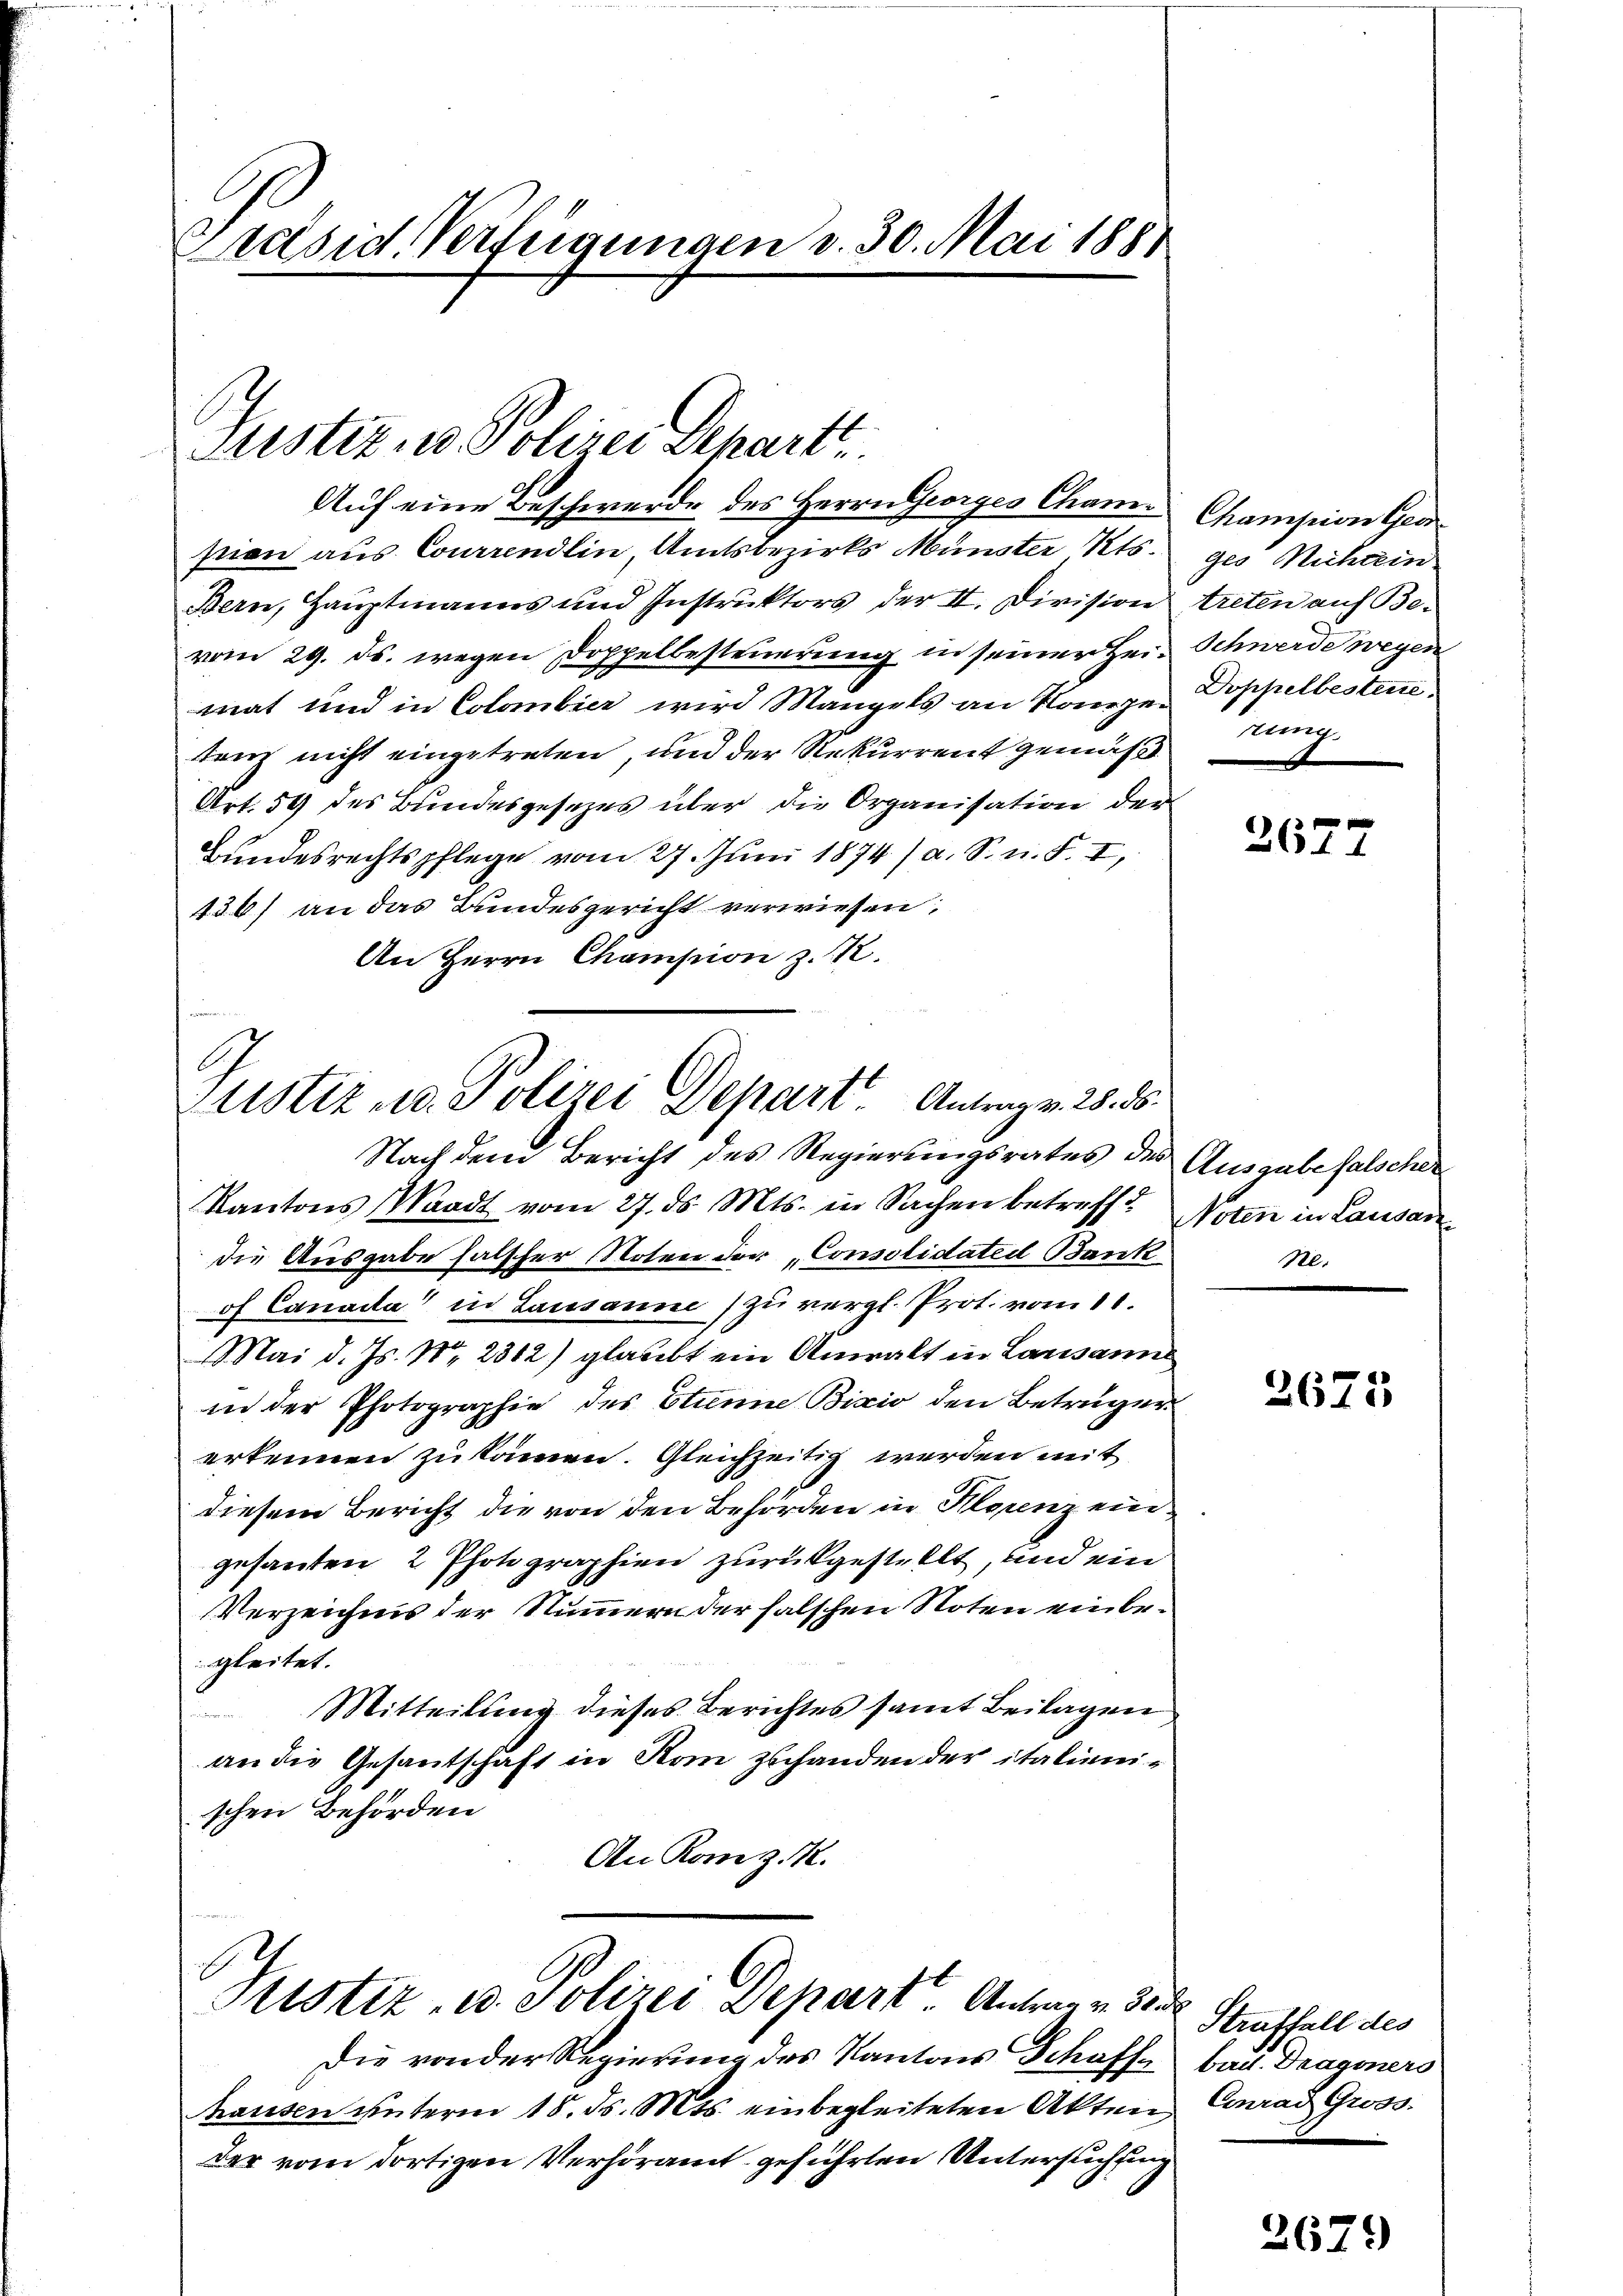
Präsid. Verfügungen v. 30. Mai 1881

Justiz u. Polizei Departt.

Auf eine Beschwerde des Herrn Georges Chamstien aus Courrendlin, Amtsbezirks Münster Kts.
Bern, Hauptmanns und Instruktors der II. Division
vom 29. ds. wegen Doppelbesteuerung in seiner Hei-Schwerde wegen
mat und in Colombier wird Mangels an Konzetem nicht eingetreten, und der Rekurrent gemäß
Art. 59 des Bundesgesetzes über die Organisation der
Bundesrechtspflege vom 27. Juni 1874 / a. S. n. F. I,
436) an das Bundesgericht verwiesen,
An Herrn Champion z. K.

Justiz u. Polizei Depart Antrag v. 28. ds.

Nach dem Bericht des Regierungsrates des
Kantons (Waadt vom 27. ds. Mts. in Sachen betreff d
die Ausgabe falscher Noten der „Consolidateil Bank
of Canada in Lausanne) zu vergl. Prot. vom 11.
Mai d. Js. Nr. 2312) glaubt ein Anwalt in Lausanne
in der Photographie des Stinne Bixio den Betrüger
erkennen zu kämen. Gleichzeitig werden mit
diesem Bericht die von den Behörden in Florenz eingesanten, 2 Photographien zurückgestellt, und ein
Verzeichnis der Nummern der falschen Noten einbegleitet.
Mitteilung dieses Berichtes samt Beilagen
an die Gesantschaft in Rom zuhanden der italienischen Behörden
An Rom z. K.

Sistiz- u. Polizei Depart Antrag v. 30

Die von der Regierung des Kantons Schaffe bad. Dragoners
hausen unterm 18. ds. Mts. einbegleiteten Akten Conrad Gross
der vom dortigen Verhöramt geführten Untersuchtung

Champion tes
ges Michain
treten auf Be-
Dophelbestene
tung

2677

Ausgabe falscher
Noten in Lausarz
ne.

2675

Straffall des

2679)